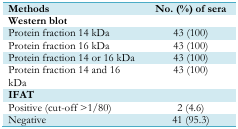
| Methods | No. (%) of sera |
 | --- | --- |
 | Western blot |  |
 | Protein fraction 14 kDa | 43 (100) |
 | Protein fraction 16 kDa | 43 (100) |
 | Protein fraction 14 or 16 kDa | 43 (100) |
 | Protein fraction 14 and 16 kDa | 43 (100) |
 | IFAT |  |
 | Positive (cut-off >1/80) | 2 (4.6) |
 | Negative | 41 (95.3) |